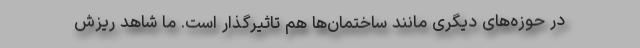
در حوزه‌های دیگری مانند ساختمان‌ها هم تاثیرگذار است. ما شاهد ریزش